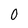
Character: 0